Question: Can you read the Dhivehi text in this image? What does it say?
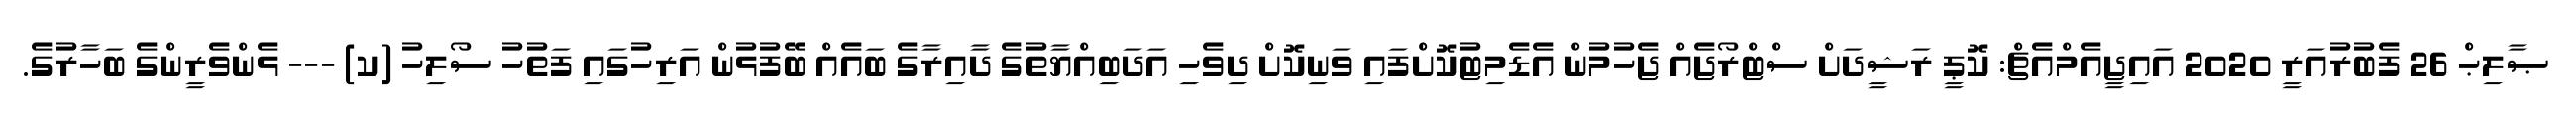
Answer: ޞާލިޙް 26 ފެބުރުއަރީ 2020 އައިޖީއެމްއެޗް: ކޮޕީ ރަޝީދަށް ސްޓްރޯޖެއް ޖެހުމުން އެޑެމިޓުކޮށްފައި ވަނިކޮށް ދިވެހި އަދަބިއްޔާތުގެ ދާއިރާގެ ބައެއް ބޭފުޅުން އަރިހުގައި ފަތުހު ސޯލިހު (ކ) --- ޅެންވެރީންގެ ބަހާރުގެ.